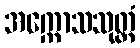
အက္ကောသသုတ္တံ